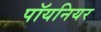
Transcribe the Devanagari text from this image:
पॉयनियर